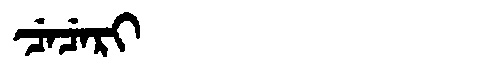
Manchu: ᠴᡝᠴᡝᡵᡳ
Romanization: CECERI